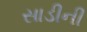
સાડીની